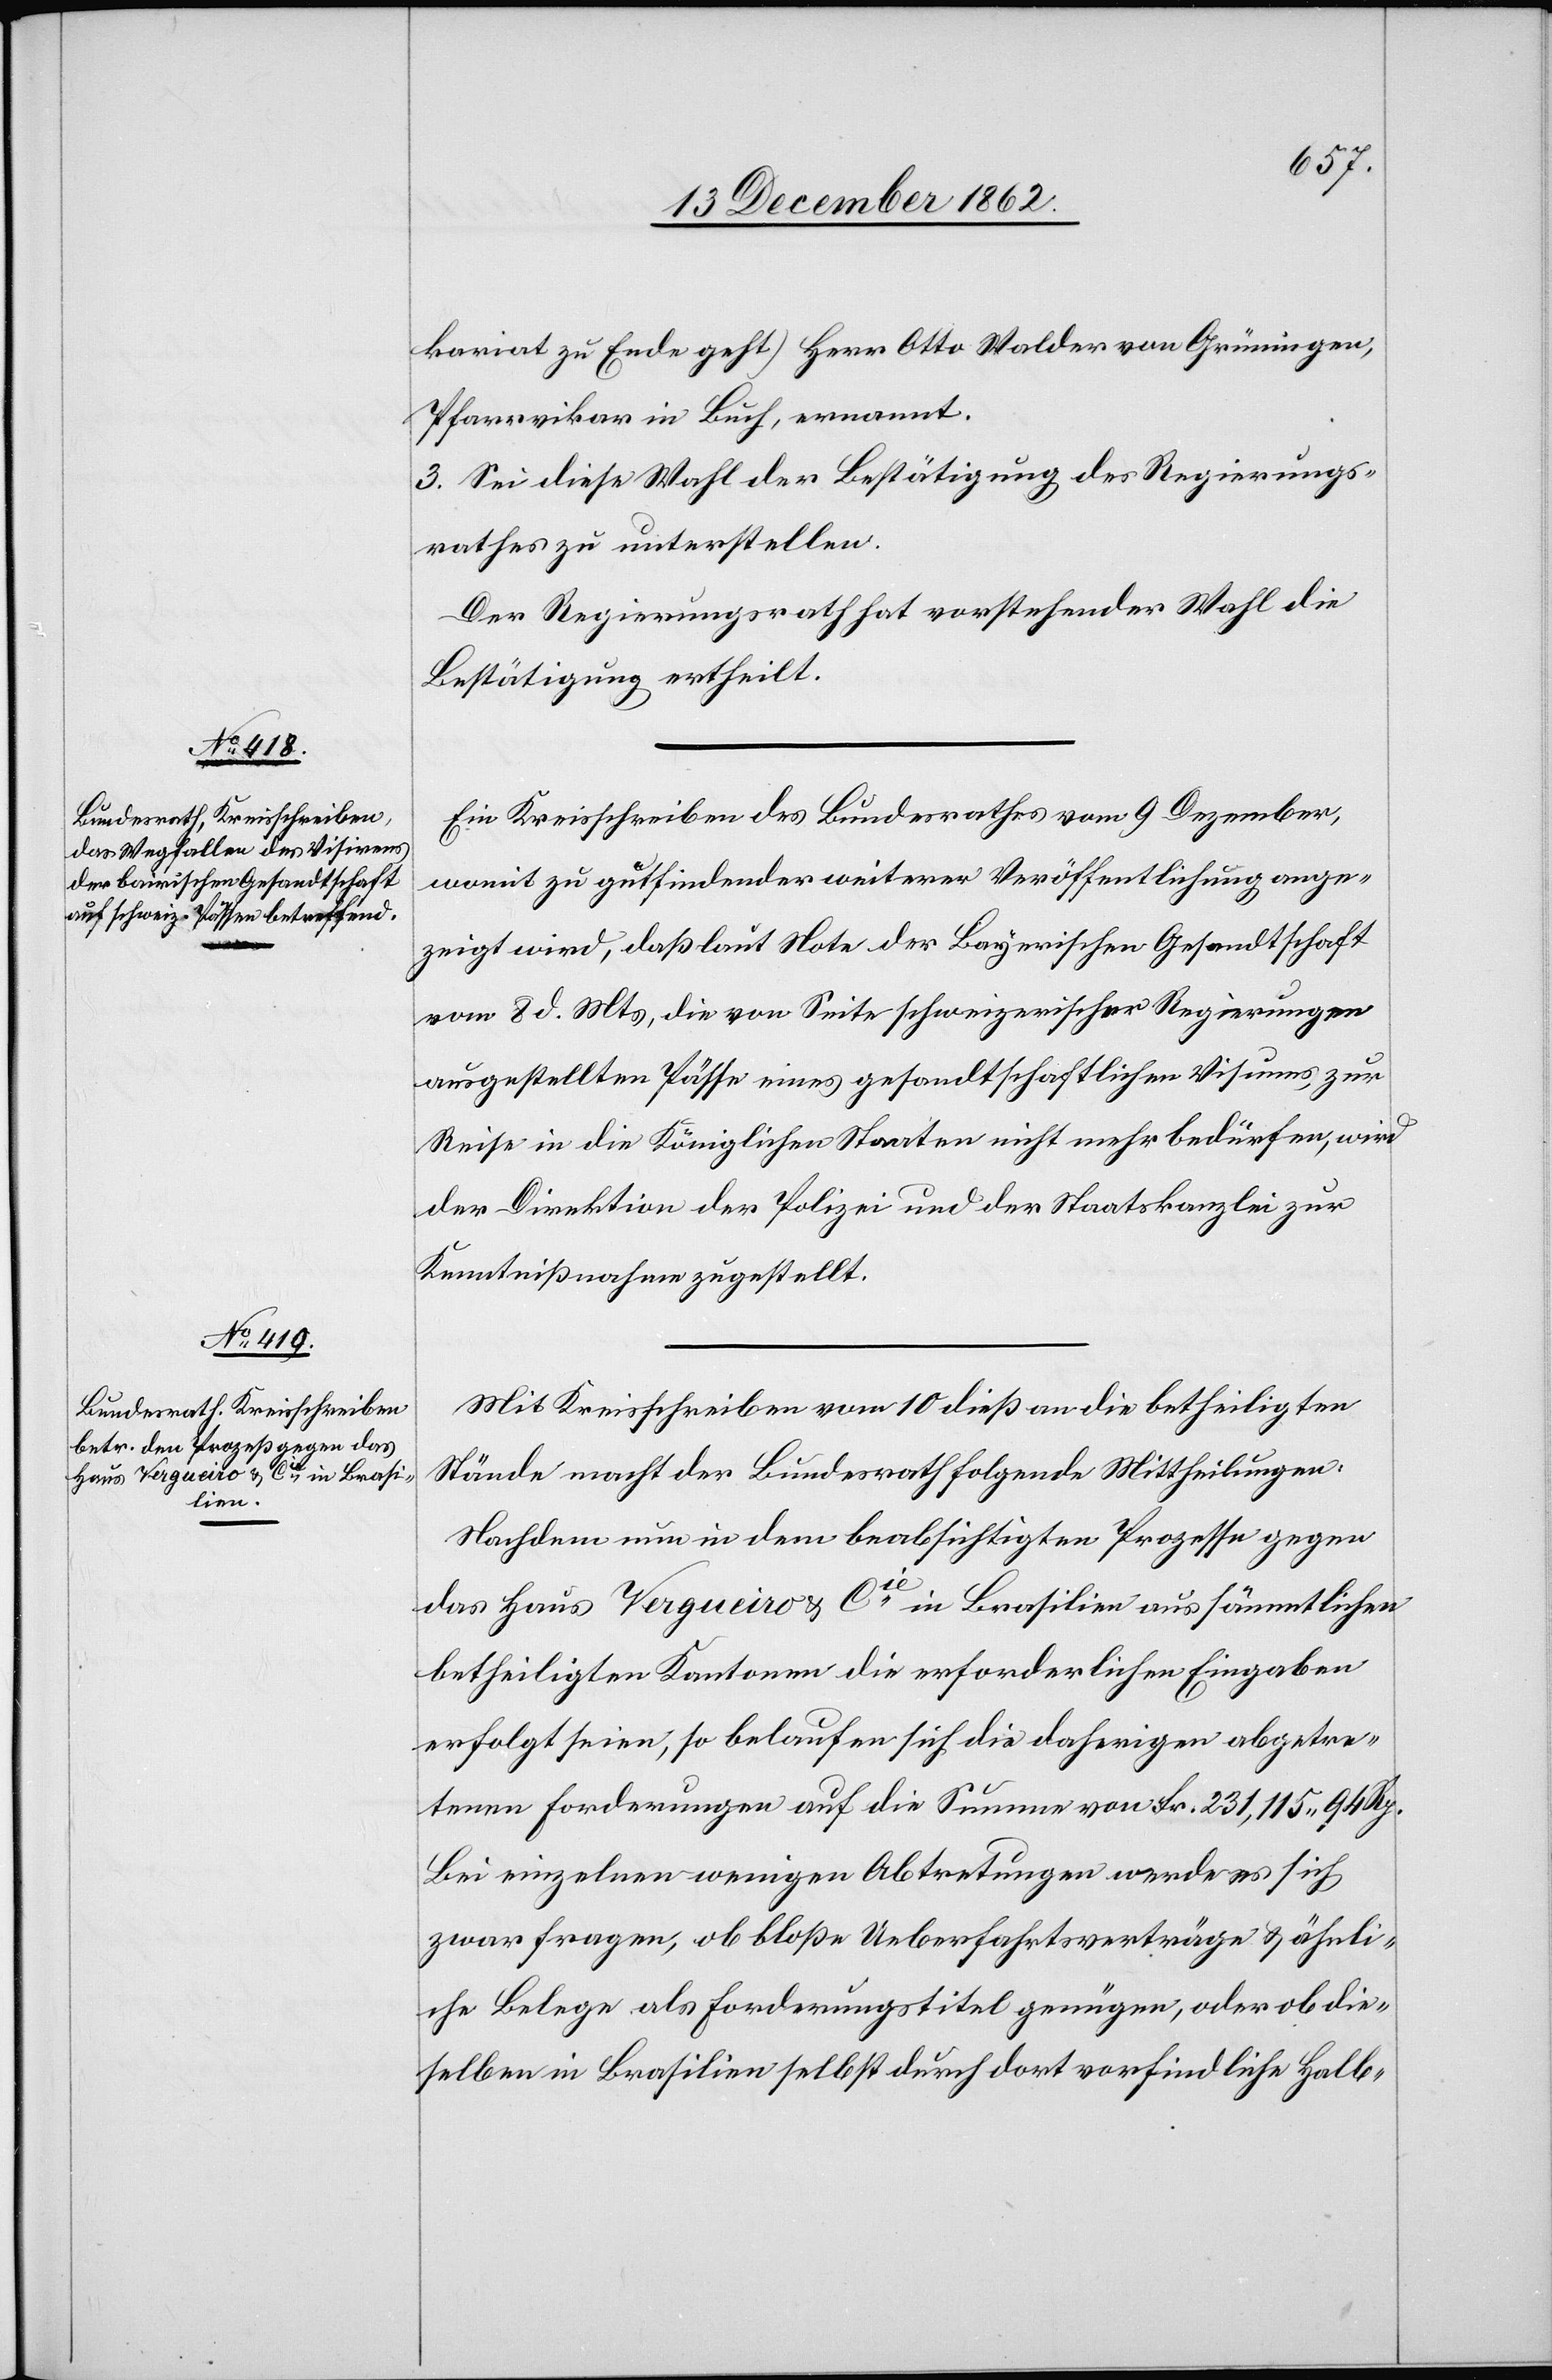
kariat zu Ende geht) Herr Otto Walder von Grüningen,
Pfarrvikar in Buch, ernannt.
3. Sei diese Wahl der Bestätigung des Regierungs¬
rathes zu unterstellen.
Der Regierungsrath hat vorstehender Wahl die
Bestätigung ertheilt.
Ein Kreisschreiben des Bundesrathes vom 9. Dezember,
womit zu gutfindender weiterer Veröffentlichung ange¬
zeigt wird, daß laut Note der Bayerischen Gesandtschaft
vom 8. d. Mts, die von Seite schweizerischer Regierungen
ausgestellten Pässe eines gesandtschaftlichen Visums, zur
Reise in die Königlichen Staaten nicht mehr bedürfen, wird
der Direktion der Polizei und der Staatskanzlei zur
Kenntnißnahme zugestellt.
Mit Kreisschreiben vom 10. dieß an die betheiligten
Stände macht der Bundesrath folgende Mittheilungen:
Nachdem nun in dem beabsichtigten Prozesse gegen
das Haus Vergueiro u. Cie in Brasilien aus sämmtlichen
betheiligten Kantonen die erforderlichen Eingaben
erfolgt seien, so belaufen sich die daherigen abgetre¬
tenen Forderungen auf die Summe von Fr. 231,115 94 Rp.
Bei einzelnen wenigen Abtretungen werde es sich
zwar fragen, ob bloße Ueberfahrtsverträge u. ähnli¬
che Belege als Forderungstitel genügen, oder ob die¬
selben in Brasilien selbst durch dort vorfindliche Halb-